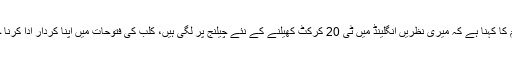
بابر اعظم کا کہنا ہے کہ میری نظریں انگلینڈ میں ٹی 20 کرکٹ کھیلنے کے نئے چیلنج پر لگی ہیں، کلب کی فتوحات میں اپنا کردار ادا کرنا چاہتا ہوں۔